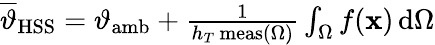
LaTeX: \begin{array}{r}{\overline{{\vartheta}}_{\mathrm{HSS}}=\vartheta_{\mathrm{amb}}+\frac{1}{h_{T}\, \mathrm{meas}(\Omega)}\int_{\Omega}f(\mathbf{x})\, \mathrm{d}\Omega}\end{array}